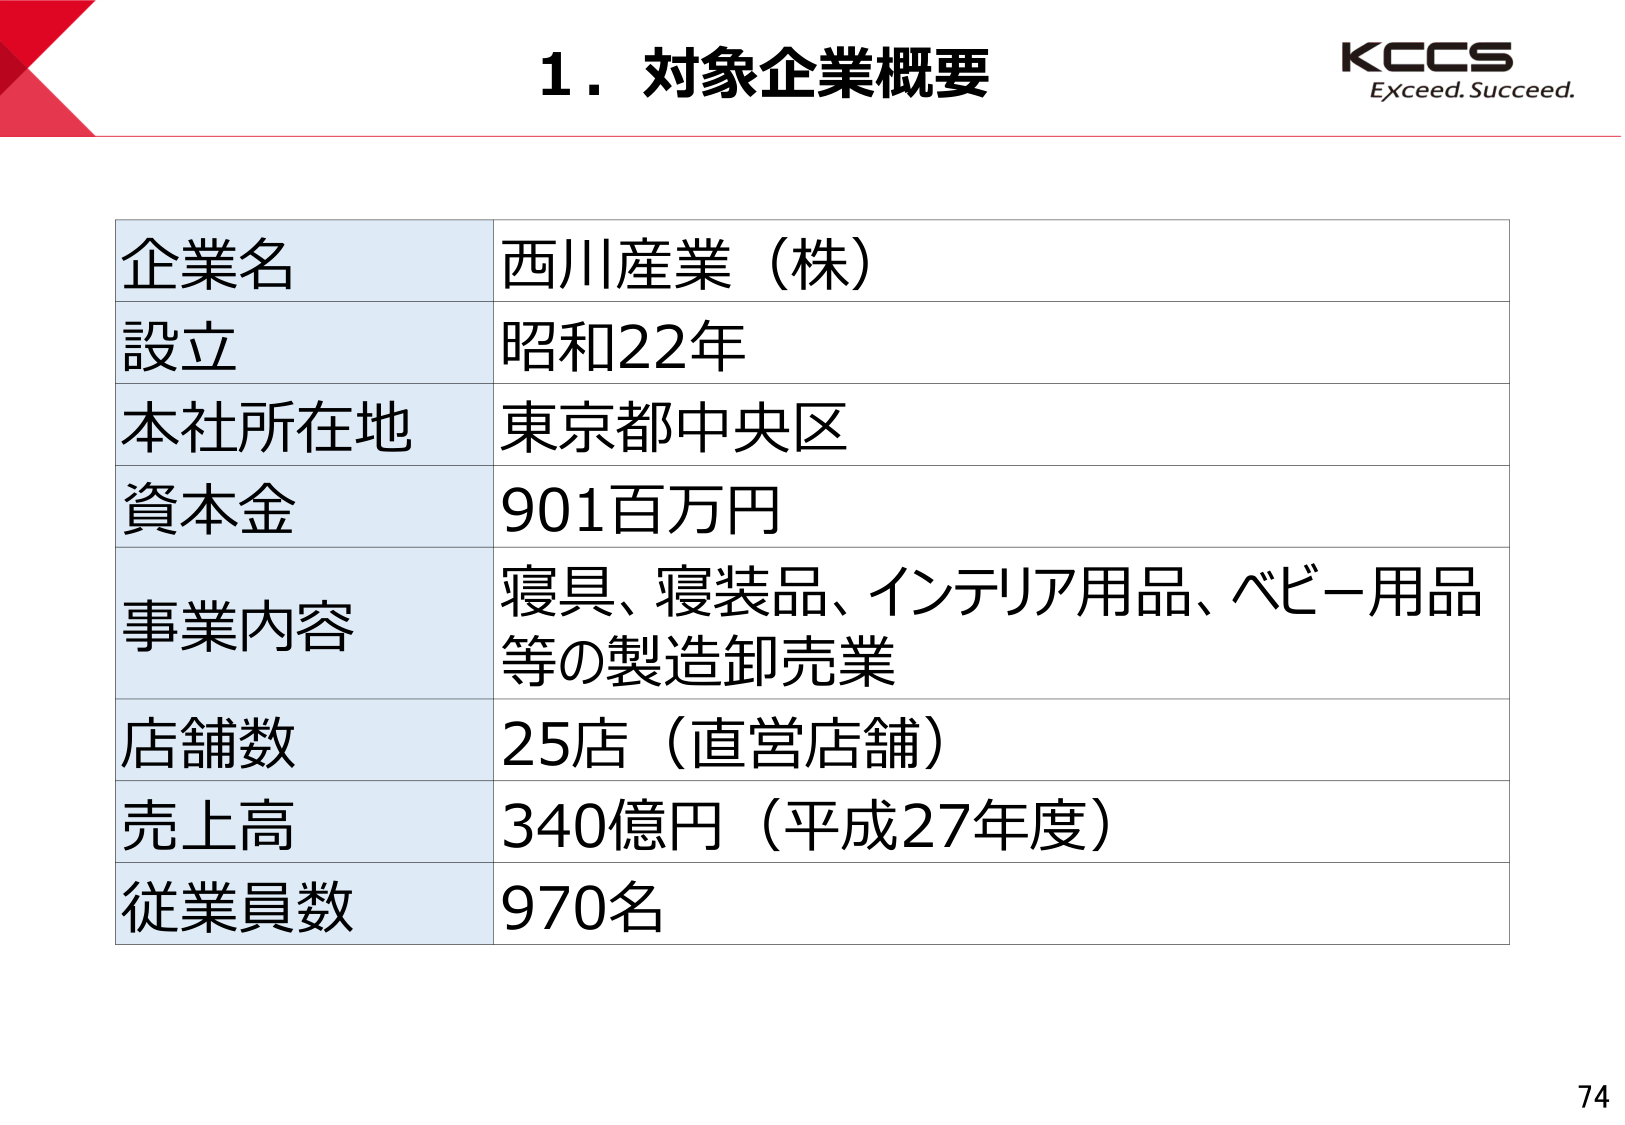
1. 対象企業概要

KCCS
Exceed. Succeed.

企業名　西川産業（株）
設立　昭和22年
本社所在地　東京都中央区
資本金　901百万円
事業内容　寝具、寝装品、インテリア用品、ベビー用品等の製造卸売業
店舗数　25店（直営店舗）
売上高　340億円（平成27年度）
従業員数　970名

74